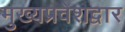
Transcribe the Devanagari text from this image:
मुख्यप्रवेशद्वार